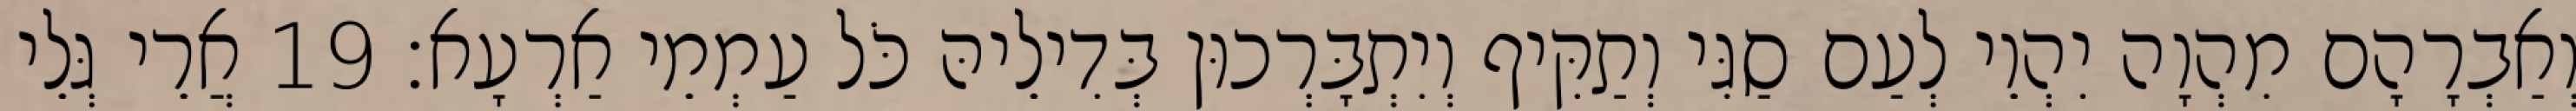
וְאַבְרָהָם מִהְוָה יִהְוֵי לְעַם סַגִּי וְתַקִּיף וְיִתְבָּרְכוּן בְּדִילֵיהּ כֹּל עַמְמֵי אַרְעָא׃ 19 אֲרֵי גְּלֵי